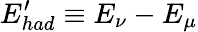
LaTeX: E_{had}^{\prime}\equiv E_{\nu}-E_{\mu}